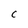
Character: C